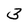
Character: 3